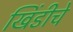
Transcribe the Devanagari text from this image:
खिंडीचे